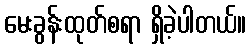
မေးခွန်းထုတ်စရာ ရှိခဲ့ပါတယ်။